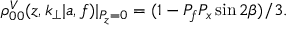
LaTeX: \rho _ { 0 0 } ^ { V } ( z , k _ { \perp } | a , f ) | _ { P _ { z } = 0 } = ( 1 - P _ { f } P _ { x } \sin { 2 \beta } ) / 3 .